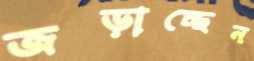
জড়াচ্ছেন